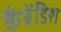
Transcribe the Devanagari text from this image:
कैंबेंडिश